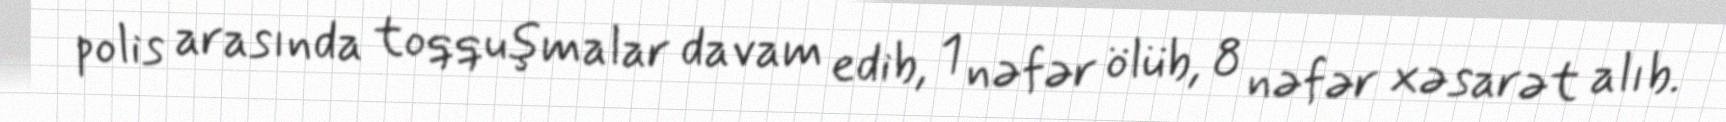
polis arasında toqquşmalar davam edib, 1 nəfər ölüb, 8 nəfər xəsarət alıb.